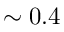
\sim 0 . 4